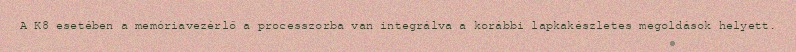
A K8 esetében a memóriavezérlő a processzorba van integrálva a korábbi lapkakészletes megoldások helyett.